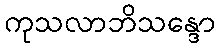
ကုသလာဘိသန္ဒော